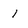
Character: I